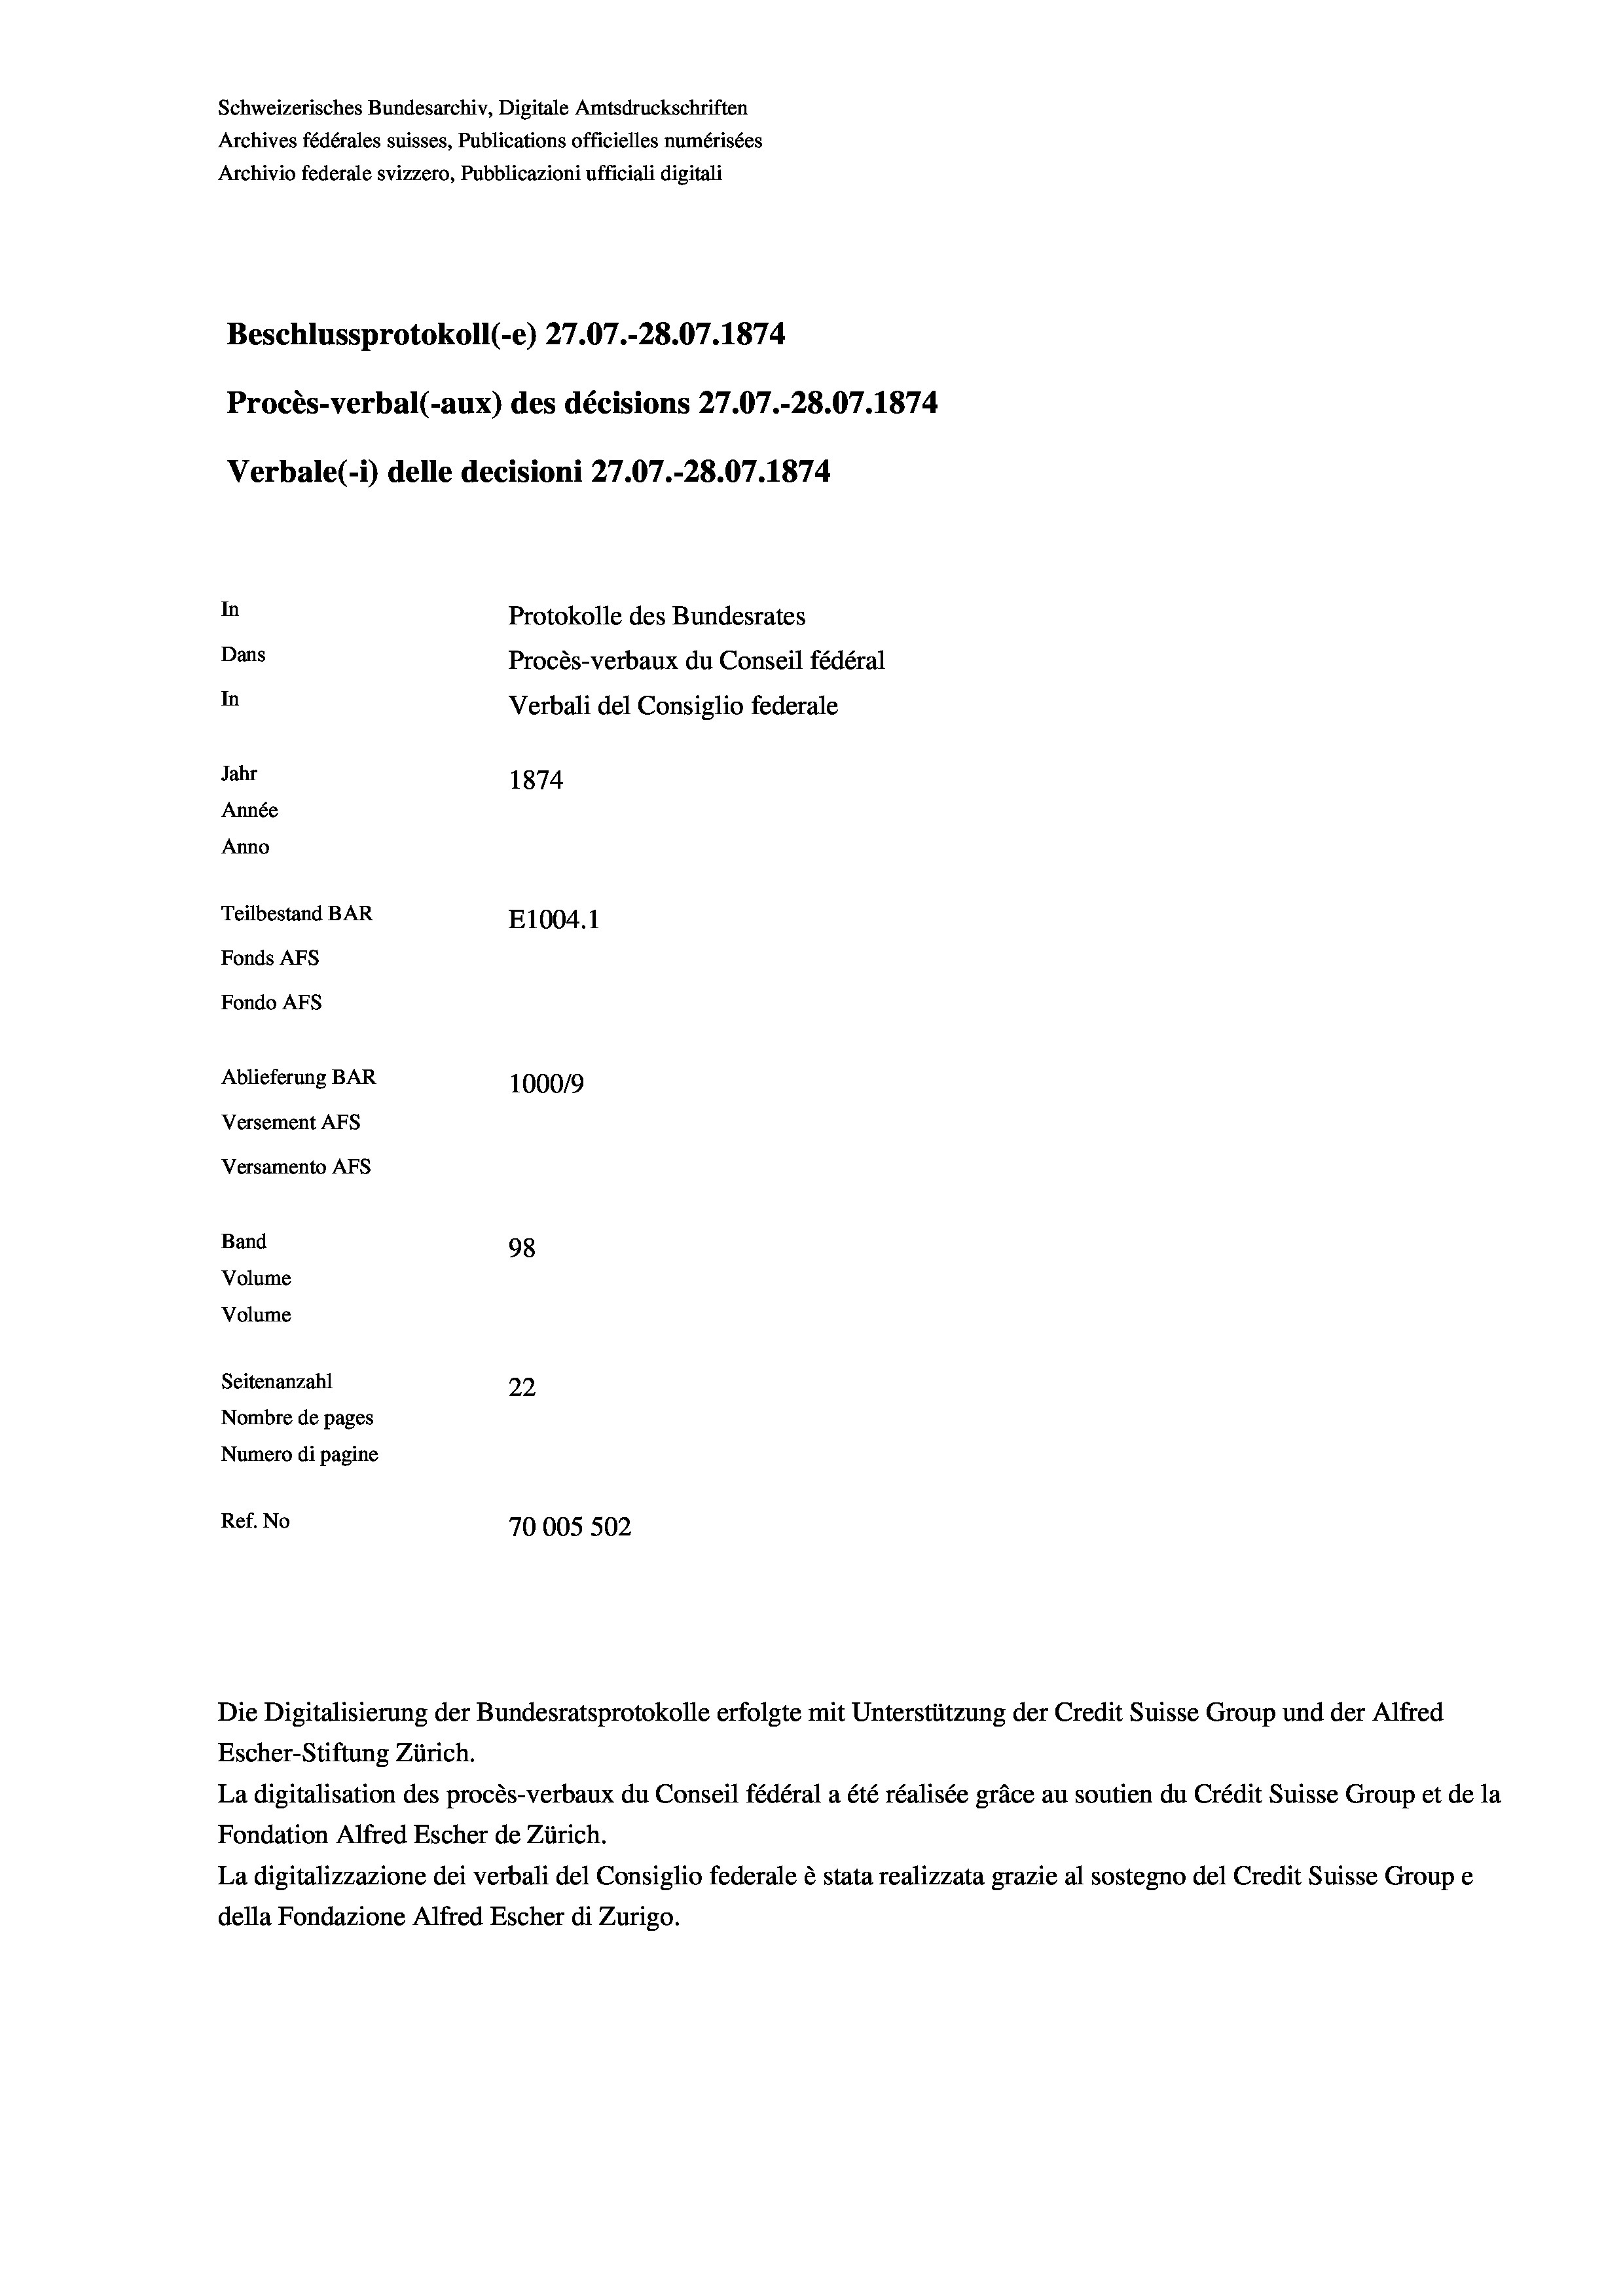
Schweizerisches Bundesarchiv, Digitale Amtsdruckschriften
Archives fédérales suisses, Publications officielles numérisées
Archivio federale svizzero, Pubblicazioni ufficiali digitali
Beschlussprotokoll (e) 27.07.-28.07. 1874.
Procès-verbal (-aux) des décisions 27.07.-28.07.1874
Verbale (1) delle decisioni 27.07.-28.07. 1874
In
Protokolle des Bundesrates
Dans
Procès-verbaux du Conseil fédéral
In
Verbali del Consiglio federale
Jahr
1874
Année
Anno
Teilbestand BAR
E1004. 1
Fonds AFs
Fondo AFs
Ablieferung BAR
1000/9
Versement AFs
Versamento AFs
Band
98
Volume
Volume
Seitenanzahl
22
Nombre de pages
Numero di pagine
Ref. No
70005 502

Die Digitalisierung der Bundesratsprotokolle erfolgte mit Unterstützung der Credit Suisse Group und der Alfred
Escher-Stiftung Zürich.
La digitalisation des procès-verbaux du Conseil fédéral a été réalisée gräce au soutien du Crédit Suisse Group et de la
Fondation Alfred Escher de Zürich.
La digitalizzazione dei verbali del Consiglio federale è stata realizzata grazie al sostegno del Credit Suisse Groupe
della Fondazione Alfred Escher di Zurigo.